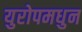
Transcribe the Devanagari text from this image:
युरोपमधुन